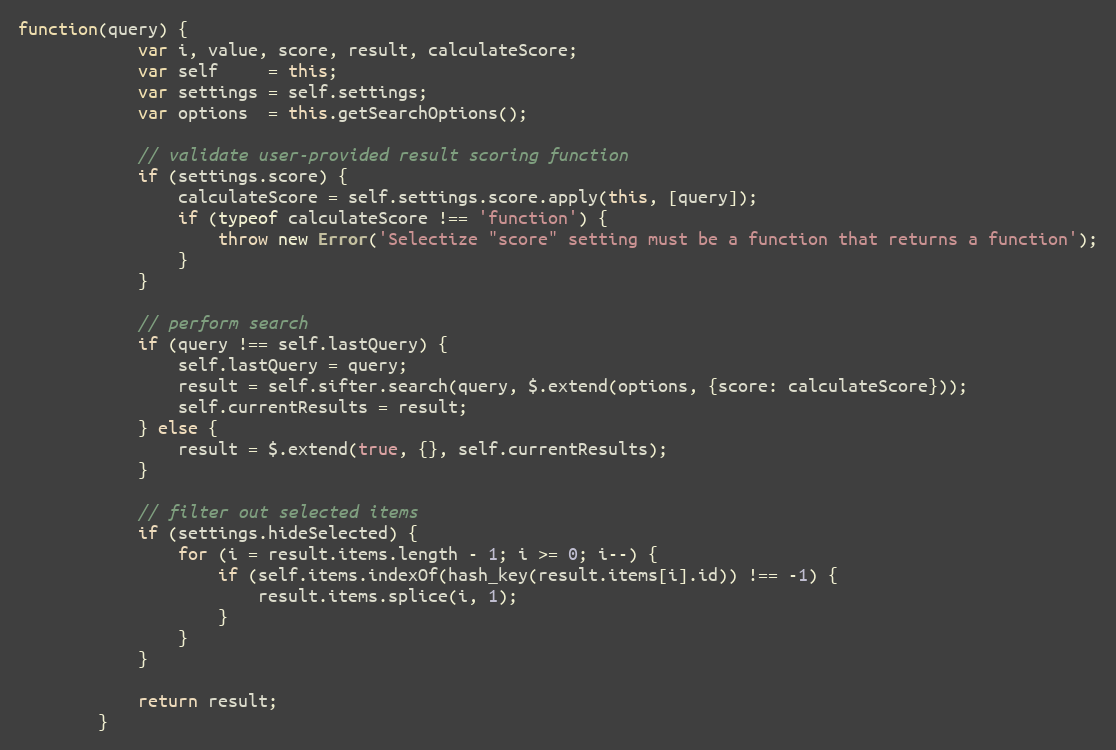
Language: JavaScript
function(query) {
			var i, value, score, result, calculateScore;
			var self     = this;
			var settings = self.settings;
			var options  = this.getSearchOptions();

			// validate user-provided result scoring function
			if (settings.score) {
				calculateScore = self.settings.score.apply(this, [query]);
				if (typeof calculateScore !== 'function') {
					throw new Error('Selectize "score" setting must be a function that returns a function');
				}
			}

			// perform search
			if (query !== self.lastQuery) {
				self.lastQuery = query;
				result = self.sifter.search(query, $.extend(options, {score: calculateScore}));
				self.currentResults = result;
			} else {
				result = $.extend(true, {}, self.currentResults);
			}

			// filter out selected items
			if (settings.hideSelected) {
				for (i = result.items.length - 1; i >= 0; i--) {
					if (self.items.indexOf(hash_key(result.items[i].id)) !== -1) {
						result.items.splice(i, 1);
					}
				}
			}

			return result;
		}